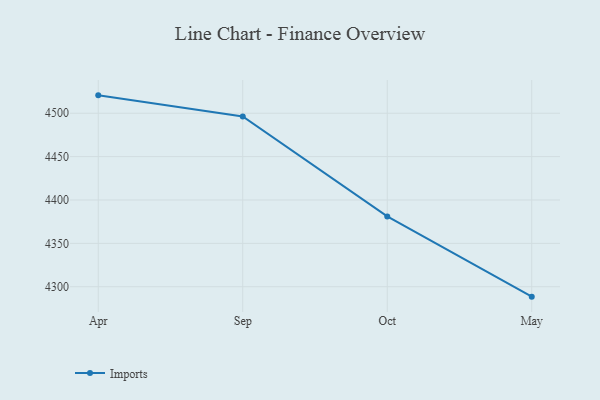
{"axis": {"x": "Month", "y": "Population (Million)"}, "legend": ["Imports"], "data": [{"x": "Apr", "y": 4520.6, "type": "Imports"}, {"x": "Sep", "y": 4496.3, "type": "Imports"}, {"x": "Oct", "y": 4381.1, "type": "Imports"}, {"x": "May", "y": 4288.6, "type": "Imports"}]}